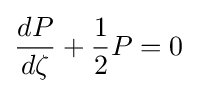
{\frac {dP}{d\zeta }}+{\frac {1}{2}}P=0